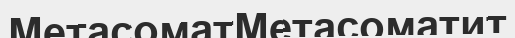
МетасоматМетасоматит